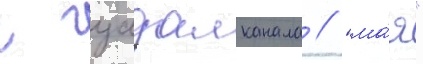
с гуадалканала // "ма́я"